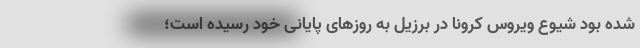
شده بود شیوع ویروس کرونا در برزیل به روزهای پایانی خود رسیده است؛